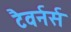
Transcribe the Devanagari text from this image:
टैवर्नर्स